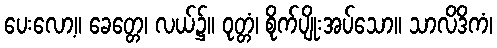
ပေးလော့။ ခေတ္တေ၊ လယ်၌။ ဝုတ္တံ၊ စိုက်ပျိုးအပ်သော။ သာလိဒိကံ၊